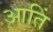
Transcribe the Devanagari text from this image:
आतिं